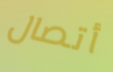
أتصال